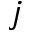
j